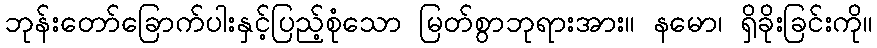
ဘုန်းတော်ခြောက်ပါးနှင့်ပြည့်စုံသော မြတ်စွာဘုရားအား။ နမော၊ ရှိခိုးခြင်းကို။